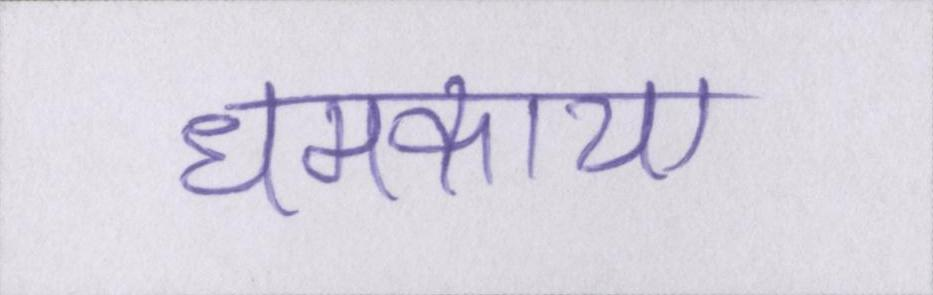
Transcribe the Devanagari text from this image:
धमकाया